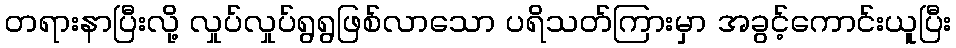
တရားနာပြီးလို့ လှုပ်လှုပ်ရွရွဖြစ်လာသော ပရိသတ်ကြားမှာ အခွင့်ကောင်းယူပြီး